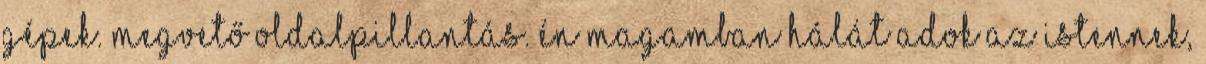
Gépek. Megvető oldalpillantás. Én magamban hálát adok az Istennek,